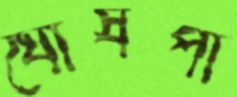
ঘোষপা